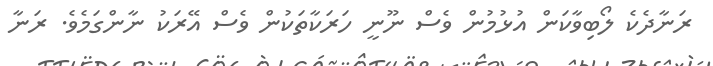
ރަނާދެކެ ލޯބިވާކަން އުޅުމުން ވެސް ނޫނީ ހަރަކާތަކުން ވެސް އޭރަކު ނާންގަމެވެ. ރަނާ